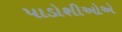
પાડોશીઓએ